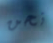
نحن